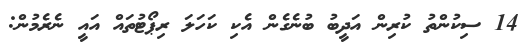
14 ސިކުންތު ކުރިން އަދީބު ބުނެގެން އެކި ކަހަލަ ރިޕޯޓުތައް އައީ ނެރެމުން: